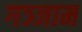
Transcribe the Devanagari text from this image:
गञ्जाम